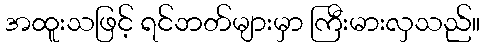
အထူးသဖြင့် ရင်ဘတ်များမှာ ကြီးမားလှသည်။